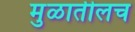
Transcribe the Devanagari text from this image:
मुळातीलच